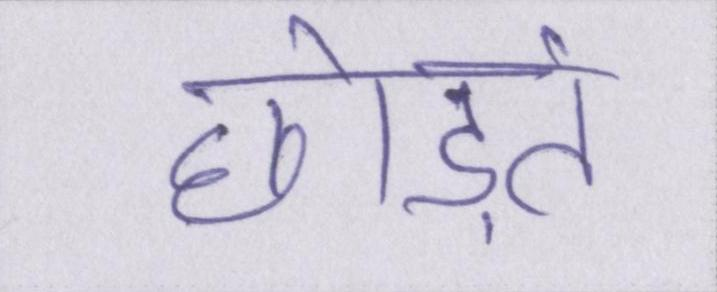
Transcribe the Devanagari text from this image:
छोड़ते